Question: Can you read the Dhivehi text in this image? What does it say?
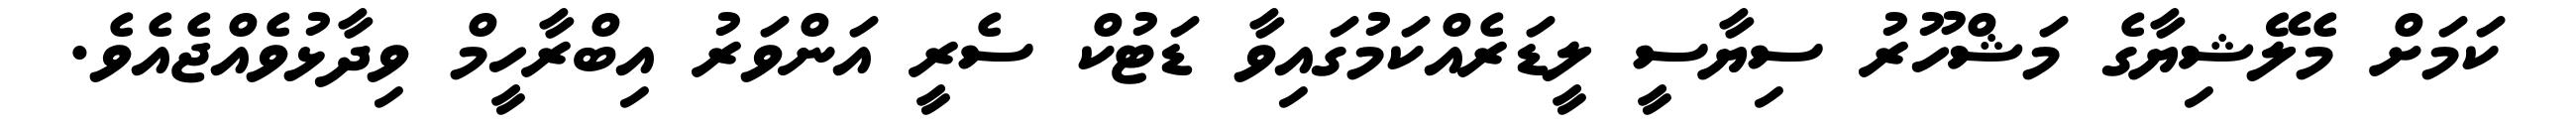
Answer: ކަމަށް މެލޭޝިޔާގެ މަޝްހޫރު ސިޔާސީ ލީޑަރެއްކަމުގައިވާ ޑަޓުކް ސެރީ އަންވަރު އިބްރާހީމް ވިދާޅުވެއްޖެއެވެ.